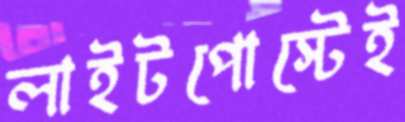
লাইটপোস্টেই